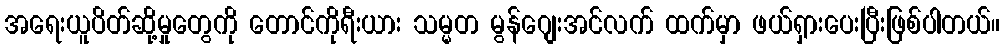
အရေးယူပိတ်ဆို့မှုတွေကို တောင်ကိုရီးယား သမ္မတ မွန်ဂျေးအင်လက် ထက်မှာ ဖယ်ရှားပေးပြီးဖြစ်ပါတယ်။